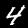
Label: 4